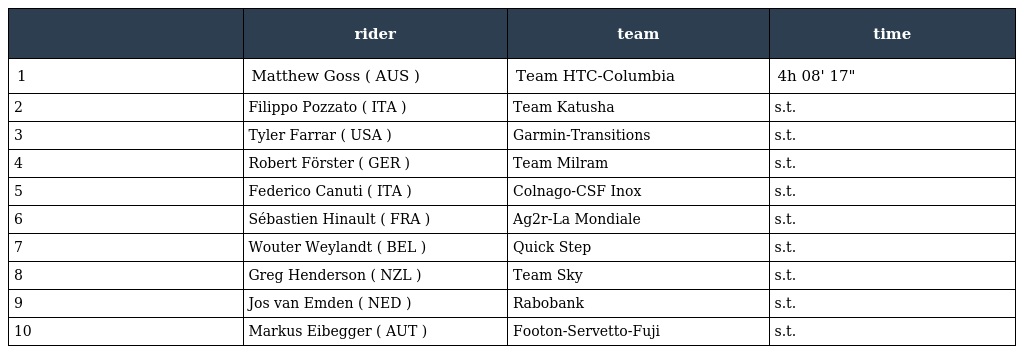
|  | rider | team | time |
 | --- | --- | --- | --- |
 | 1 | Matthew Goss ( AUS ) | Team HTC-Columbia | 4h 08' 17" |
 | 2 | Filippo Pozzato ( ITA ) | Team Katusha | s.t. |
 | 3 | Tyler Farrar ( USA ) | Garmin-Transitions | s.t. |
 | 4 | Robert Förster ( GER ) | Team Milram | s.t. |
 | 5 | Federico Canuti ( ITA ) | Colnago-CSF Inox | s.t. |
 | 6 | Sébastien Hinault ( FRA ) | Ag2r-La Mondiale | s.t. |
 | 7 | Wouter Weylandt ( BEL ) | Quick Step | s.t. |
 | 8 | Greg Henderson ( NZL ) | Team Sky | s.t. |
 | 9 | Jos van Emden ( NED ) | Rabobank | s.t. |
 | 10 | Markus Eibegger ( AUT ) | Footon-Servetto-Fuji | s.t. |